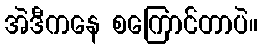
အဲဒီကနေ စကြောင်တာပဲ။